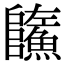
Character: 𩼐